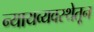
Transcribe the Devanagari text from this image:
न्यायव्यवस्थेतून